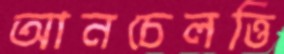
আনচেলত্তি